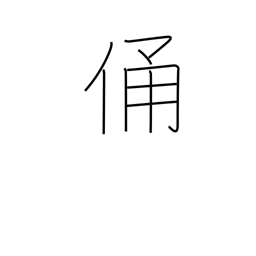
Meaning: effigy